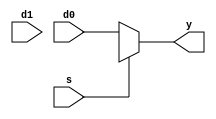
// This program was cloned from: https://github.com/the-pinbo/MIPS-5-Stage-Pipeline-Project
// License: MIT License

module M_MUX_2_DONTCARE #(
    parameter WIDTH = 32
)(  input [WIDTH-1:0] d0, d1,
    input s,
    output reg[WIDTH-1:0] y);

    always @(*)begin
        case(s)
            1'b0 : y<=d0;
            1'bx : y<=d0;
            1'b1 : y<=d1;
        endcase
    end

endmodule